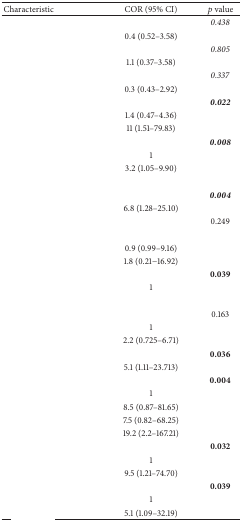
<table><thead><tr><td><b>Characteristic</b></td><td><b>COR (95% CI)</b></td><td><b><i>p</i> value</b></td></tr></thead><tbody><tr><td>[EMPTY_CELL]</td><td>[EMPTY_CELL]</td><td><i>0.438</i></td></tr><tr><td>[EMPTY_CELL]</td><td>0.4 (0.52–3.58)</td><td>[EMPTY_CELL]</td></tr><tr><td>[EMPTY_CELL]</td><td>[EMPTY_CELL]</td><td><i>0.805</i></td></tr><tr><td>[EMPTY_CELL]</td><td>1.1 (0.37–3.58)</td><td>[EMPTY_CELL]</td></tr><tr><td>[EMPTY_CELL]</td><td>[EMPTY_CELL]</td><td><i>0.337</i></td></tr><tr><td>[EMPTY_CELL]</td><td>0.3 (0.43–2.92)</td><td>[EMPTY_CELL]</td></tr><tr><td>[EMPTY_CELL]</td><td>[EMPTY_CELL]</td><td><b><i>0.022</i></b></td></tr><tr><td>[EMPTY_CELL]</td><td>1.4 (0.47–4.36)</td><td>[EMPTY_CELL]</td></tr><tr><td>[EMPTY_CELL]</td><td>11 (1.51–79.83)</td><td>[EMPTY_CELL]</td></tr><tr><td>[EMPTY_CELL]</td><td>[EMPTY_CELL]</td><td><b><i>0.008</i></b></td></tr><tr><td>[EMPTY_CELL]</td><td>1</td><td>[EMPTY_CELL]</td></tr><tr><td>[EMPTY_CELL]</td><td>3.2 (1.05–9.90)</td><td>[EMPTY_CELL]</td></tr><tr><td>[EMPTY_CELL]</td><td>[EMPTY_CELL]</td><td>[EMPTY_CELL]</td></tr><tr><td>[EMPTY_CELL]</td><td>[EMPTY_CELL]</td><td><b><i>0.004</i></b></td></tr><tr><td>[EMPTY_CELL]</td><td>6.8 (1.28–25.10)</td><td>[EMPTY_CELL]</td></tr><tr><td>[EMPTY_CELL]</td><td>[EMPTY_CELL]</td><td>0.249</td></tr><tr><td>[EMPTY_CELL]</td><td>[EMPTY_CELL]</td><td>[EMPTY_CELL]</td></tr><tr><td>[EMPTY_CELL]</td><td>0.9 (0.99–9.16)</td><td>[EMPTY_CELL]</td></tr><tr><td>[EMPTY_CELL]</td><td>1.8 (0.21−16.92)</td><td>[EMPTY_CELL]</td></tr><tr><td>[EMPTY_CELL]</td><td>[EMPTY_CELL]</td><td><b>0.039</b></td></tr><tr><td>[EMPTY_CELL]</td><td>1</td><td>[EMPTY_CELL]</td></tr><tr><td>[EMPTY_CELL]</td><td>[EMPTY_CELL]</td><td>[EMPTY_CELL]</td></tr><tr><td>[EMPTY_CELL]</td><td>[EMPTY_CELL]</td><td>0.163</td></tr><tr><td>[EMPTY_CELL]</td><td>1</td><td>[EMPTY_CELL]</td></tr><tr><td>[EMPTY_CELL]</td><td>2.2 (0.725–6.71)</td><td>[EMPTY_CELL]</td></tr><tr><td>[EMPTY_CELL]</td><td>[EMPTY_CELL]</td><td><b>0.036</b></td></tr><tr><td>[EMPTY_CELL]</td><td>5.1 (1.11–23.713)</td><td>[EMPTY_CELL]</td></tr><tr><td>[EMPTY_CELL]</td><td>[EMPTY_CELL]</td><td><b>0.004</b></td></tr><tr><td>[EMPTY_CELL]</td><td>1</td><td>[EMPTY_CELL]</td></tr><tr><td>[EMPTY_CELL]</td><td>8.5 (0.87–81.65)</td><td>[EMPTY_CELL]</td></tr><tr><td>[EMPTY_CELL]</td><td>7.5 (0.82–68.25)</td><td>[EMPTY_CELL]</td></tr><tr><td>[EMPTY_CELL]</td><td>19.2 (2.2–167.21)</td><td>[EMPTY_CELL]</td></tr><tr><td>[EMPTY_CELL]</td><td>[EMPTY_CELL]</td><td><b>0.032</b></td></tr><tr><td>[EMPTY_CELL]</td><td>1</td><td>[EMPTY_CELL]</td></tr><tr><td>[EMPTY_CELL]</td><td>9.5 (1.21–74.70)</td><td>[EMPTY_CELL]</td></tr><tr><td>[EMPTY_CELL]</td><td>[EMPTY_CELL]</td><td><b>0.039</b></td></tr><tr><td>[EMPTY_CELL]</td><td>1</td><td>[EMPTY_CELL]</td></tr><tr><td>[EMPTY_CELL]</td><td>5.1 (1.09–32.19)</td><td>[EMPTY_CELL]</td></tr></tbody></table>